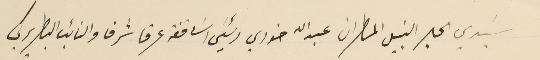
سَيدي الحبر النبيل المطران عبدالله خوري رئيسَ اسَاقفه عرقا شرفا والنائب البطريركي